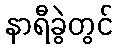
နာရီခွဲတွင်